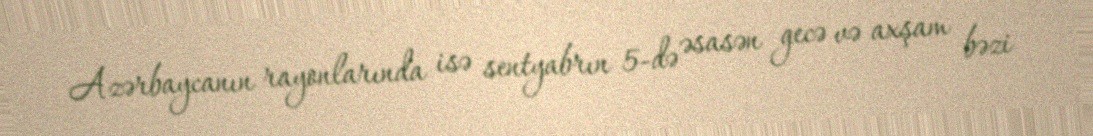
Azərbaycanın rayonlarında isə sentyabrın 5-də əsasən gecə və axşam bəzi